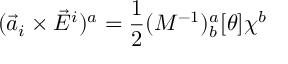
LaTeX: ( { \vec { a } } _ { i } \times { \vec { E } } ^ { i } ) ^ { a } = \frac { 1 } { 2 } ( M ^ { - 1 } ) _ { b } ^ { a } [ \theta ] \chi ^ { b }